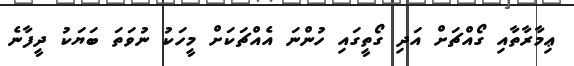
ޢިމާރާތާއި ގޯއްޗަށް އަދި ގޯތީގައި ހުންނަ އެއްޗަކަށް މީހަކު ނުވަތަ ބަޔަކު ދީފާނެ